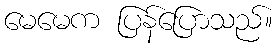
မေမေက ပြန်ပြောသည်။